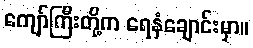
ကျော်ကြီးတို့က ရေနံချောင်းမှာ။